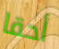
أحقا